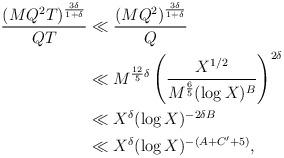
LaTeX: \begin{align*}\frac{(MQ^2T)^{\frac{3\delta}{1+\delta}}}{QT}&\ll\frac{(MQ^2)^\frac{3\delta}{1+\delta}}{Q}\\&\ll M^{\frac{12}{5}\delta}\left(\frac{X^{1/2}}{M^\frac{6}{5}(\log X)^B}\right)^{2\delta}\\&\ll X^\delta(\log X)^{-2\delta B}\\&\ll X^\delta(\log X)^{-(A+C^\prime+5)},\end{align*}